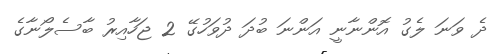
ދެ ވަނަ ލެގު އޮންނާނީ އަންނަ ބުދަ ދުވަހުގޭ 2 ޖަހާއިރު ބާސެލޯނާގެ